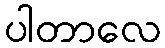
ပါတာလေ